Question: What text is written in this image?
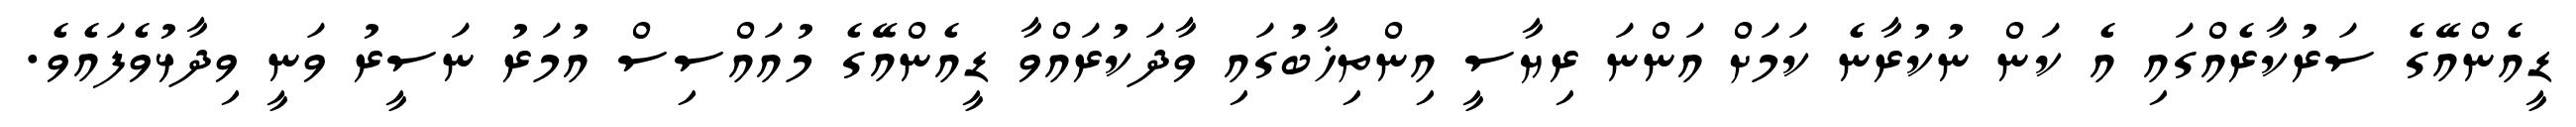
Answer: ޑީއެންއޭގެ ސަރުކާރެއްގައި އެ ކަން ނުކުރާނެ ކަމަށް އަންނަ ރިޔާސީ އިންތިޚާބުގައި ވާދަކުރައްވާ ޑީއެންއޭގެ މުއައްސިސް އުމަރު ނަސީރު ވަނީ ވިދާޅުވެފައެވެ.